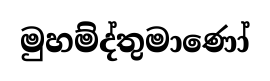
මුහම්ද්තුමාණෝ